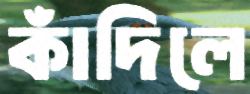
কাঁদিলে